Lunatic asylums Madras 1892-1911 - 1892-1911
Year: 1892
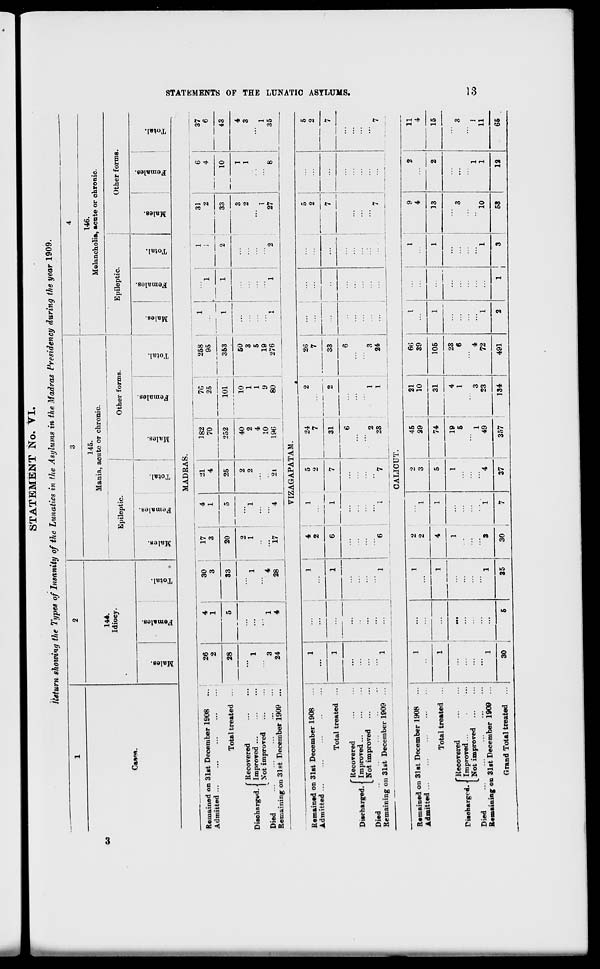
STATEMENT No. VI.
Iteturn showing the Types of Insanity of the Lunatics in the Asylums in the Madras Presidency during the year 1909,
W
; >>
144.
Idiocy.
CO
c.
"3
oo
'-
a
E as
r.
O
145.
Mania, acute or chronic.
Epileptic.
Other forms.
i.
"3
•J.
=
o>
OS
•
OS
e8
"3
s
03
o
146.
Melancholia, acute or ohronic.
Epileptic.
Other forms.
3.
"3
c
o
E->
09
3
OB
e
3
o
PR
01
EH
Remained on 31st December 1908
Admitted ...
Total treated
'Recovered
Discharged,. Improved...
S'ot improved
Died
..."
Remaining on 31st December 1909
26
2
28
3
24
4
1
30
3
33
17
3
20
1
4
4
28
2
1
17
4
1
MADRAS.
21
25
2
2
21
182
70
70
25
258
95
252
101
40
10
2
1
4
1
10
9
353
-"
31
2
196
80
50
3
5
19
276
33
3
2
I
27
37
6
43
4
3
1
35
VIZAGAPATAM.
Remained on 31st December 1908
Admitted ...
Total treated
' Recovered
Discharged. Improved ...
Not impi'oved
Died
Remaining on 31st December 1909
4
2
5
9
24
7
26
7
31
33
2
23
3
24
5
2
5
2
CALICUT.
Remained on 31st December 1908
Admitted ...
1
1
1
2
2
1
1
2
3
45
29
21
10
66
39
I
••
...
,
I
i
9
4
2
2
11
4
Total treated ...
1
1
1
4
5
74
31
4
1
3
23
105
1
1
■
...
1
13
15
f Recovered
Pisoharged. < Improved...
[ Not improved
Died
Remaining on 31st December 1909 ...
::: i
,.,
1
■3
1
1
' 4
19
6
1
49
23
6
4
72
1
3
10
1
1
3
]
11
Grand Total treated
30
5
35
30
i
7
37
357
134
491
2
1
3
53
12
65
OS
2
re
re-
al
H
DC
O
re
W
re
f
cl
>
-3
H
el
K
CO